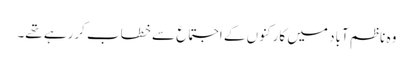
وہ ناظم آباد میں کارکنوں کے اجتماع سے خطاب کررہے تھے۔